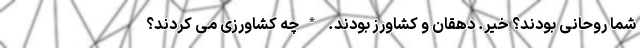
شما روحانی بودند؟ خیر. دهقان و کشاورز بودند. *چه کشاورزی می کردند؟